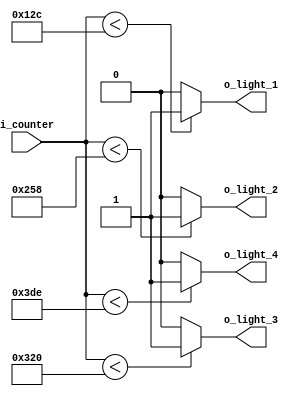
`timescale 1ns / 1ps

module Comparator(
    input [9:0] i_counter,
    
    output o_light_1, o_light_2, o_light_3, o_light_4
    );

    assign o_light_1 = (i_counter < 300) ? 1'b1 : 1'b0;
    assign o_light_2 = (i_counter < 600) ? 1'b1 : 1'b0;
    assign o_light_3 = (i_counter < 800) ? 1'b1 : 1'b0;
    assign o_light_4 = (i_counter < 990) ? 1'b1 : 1'b0;

endmodule